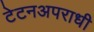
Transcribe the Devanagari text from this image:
टेटनअपराधी